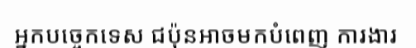
អ្នកបច្ចេកទេស ជប៉ុនអាចមកបំពេញ ការងារ